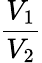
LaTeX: \frac{V_{1}}{V_{2}}